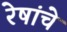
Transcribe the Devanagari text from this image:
रेषांचे